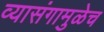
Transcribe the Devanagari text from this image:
व्यासंगामुळेच